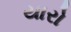
યારો